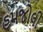
હમજોલી